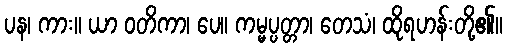
ပန၊ ကား။ ယာ ဝတိကာ၊ ပေ။ ကမ္မပ္ပတ္တာ၊ တေသံ၊ ထိုရဟန်းတို့၏။